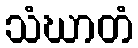
သံဃာတံ